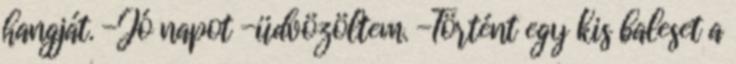
hangját. -Jó napot -üdvözöltem. -Történt egy kis baleset a